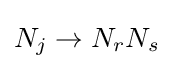
N_{j}\rightarrow N_{r}N_{s}